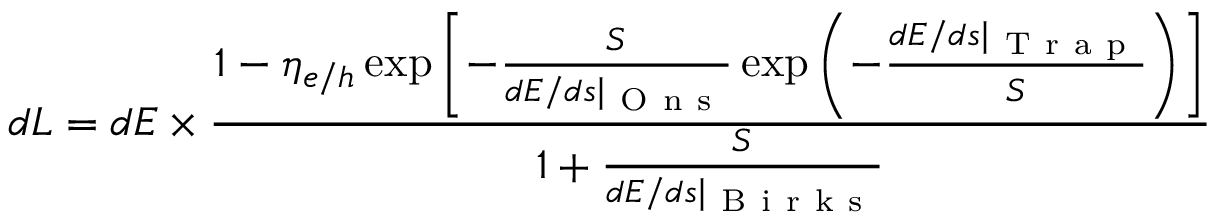
d L = d E \times \frac { 1 - \eta _ { e / h } \exp { \left[ - \frac { S } { d E / d s \mid _ { \mathrm { ~ O ~ n ~ s ~ } } } \exp { \left( - \frac { d E / d s \mid _ { \mathrm { ~ T ~ r ~ a ~ p ~ } } } { S } \right) } \right] } } { 1 + \frac { S } { d E / d s \mid _ { \mathrm { ~ B ~ i ~ r ~ k ~ s ~ } } } }